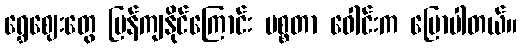
ရွှေဈေးတွေ ပြန်ကျနိုင်ကြောင်း မစ္စတာ ဝေါင်းက ပြောပါတယ်။